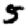
Digit: 5